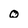
Character: O